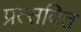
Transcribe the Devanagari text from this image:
प्रत्सवित